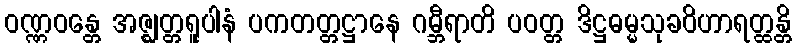
ဝဏ္ဏဝန္တေ အဇ္ဈတ္တရူပါနံ ပကတတ္တဋ္ဌာနေ ဂမ္ဘီရာတိ ပဝတ္တ ဒိဋ္ဌဓမ္မသုခဝိဟာရတ္ထန္တိ